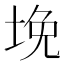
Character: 𰉲